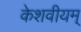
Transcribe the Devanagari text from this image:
केशवीयम्